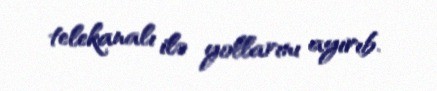
telekanalı ilə yollarını ayırıb.